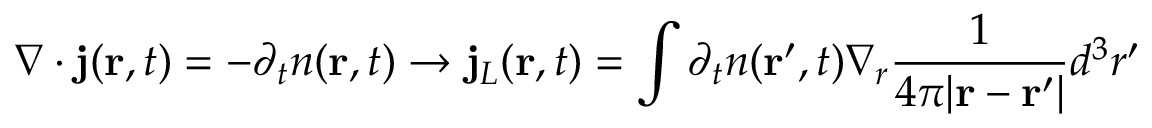
\nabla \cdot { \bf j } ( { \bf r } , t ) = - \partial _ { t } n ( { \bf r } , t ) \rightarrow { \bf j } _ { L } ( { \bf r } , t ) = \int \partial _ { t } n ( { \bf r } ^ { \prime } , t ) \nabla _ { r } \frac { 1 } { 4 \pi \vert { \bf r } - { \bf r } ^ { \prime } \vert } d ^ { 3 } r ^ { \prime }